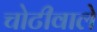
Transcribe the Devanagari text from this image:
चोटीवाले